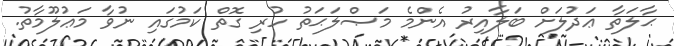
ޙާލަތާ ޢަދުލަށް ބަލާއިރު އެންމެ މަޞްލަޙަތު ހުރި ގޮތް ކަމުގައި ނުވާ މަޢުލޫމާތު.